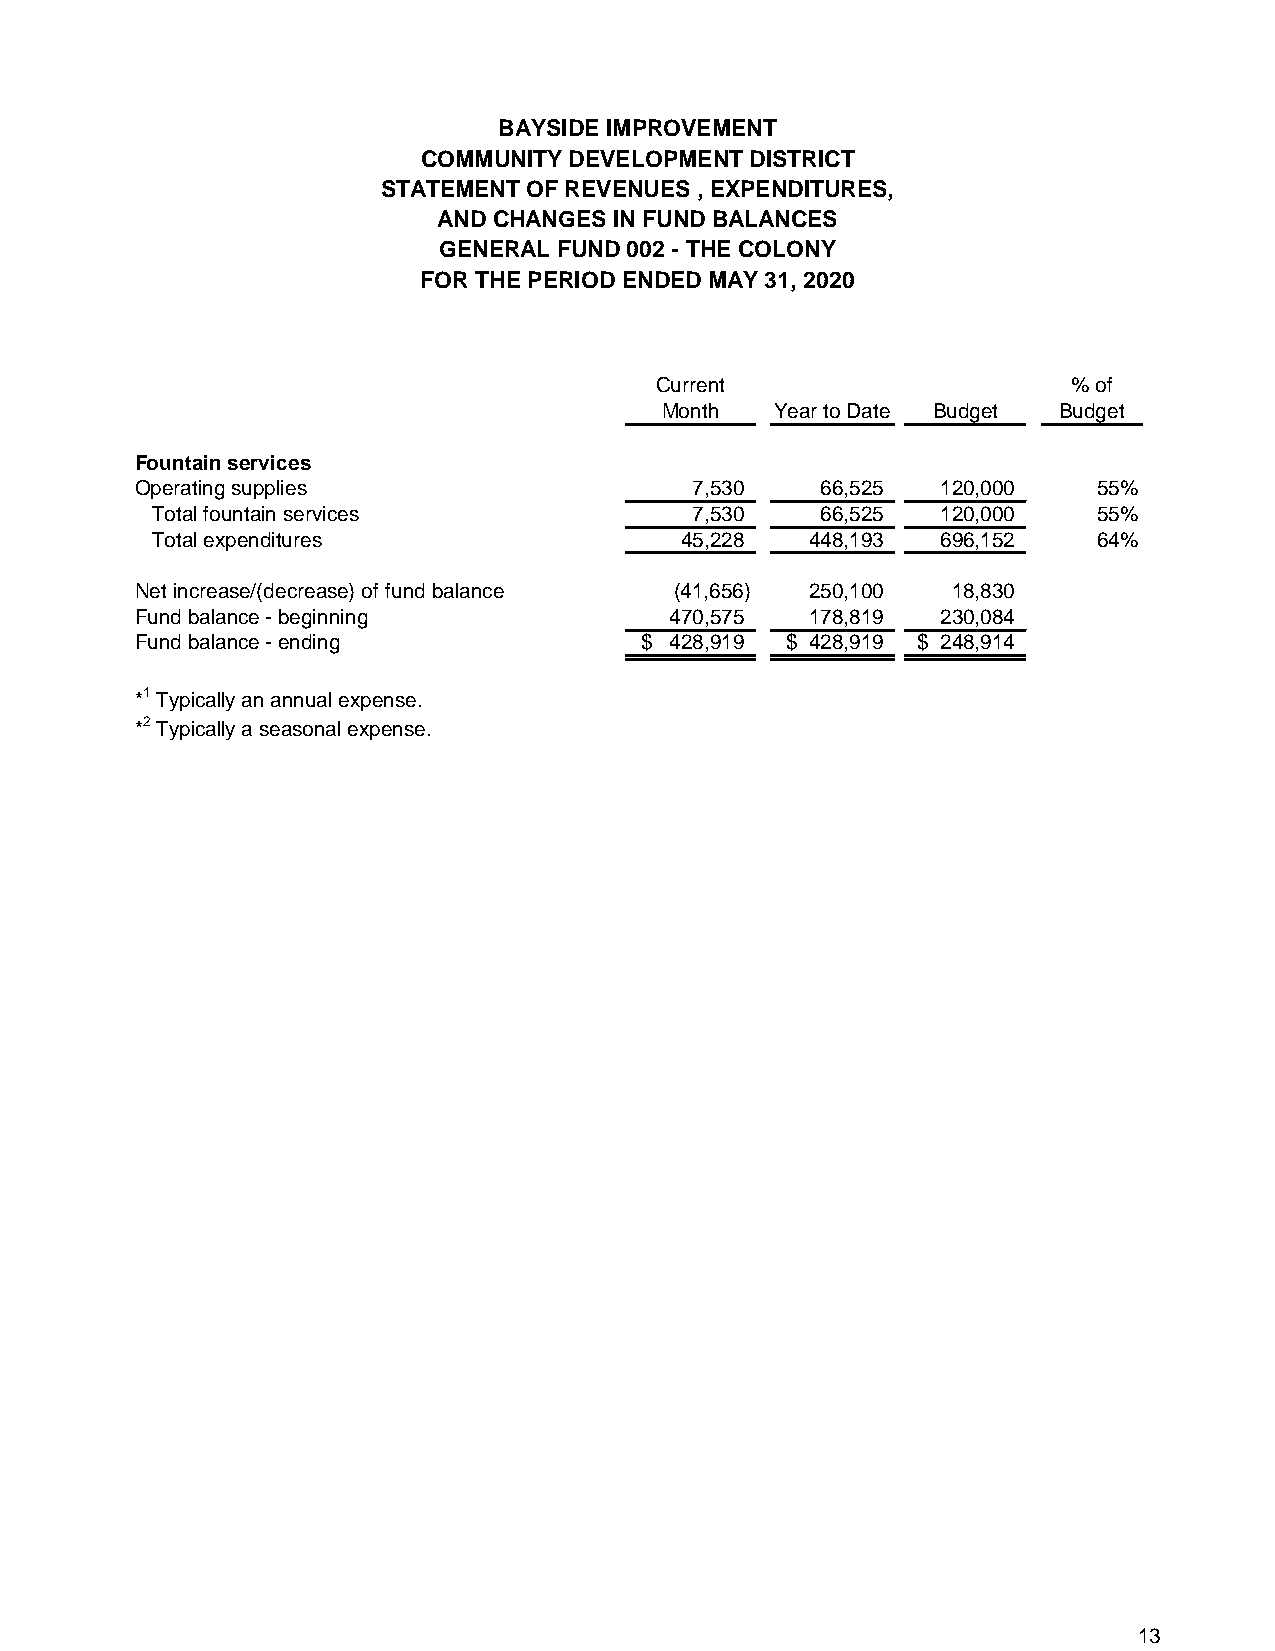
BAYSIDE IMPROVEMENT
 COMMUNITY DEVELOPMENT DISTRICT
 STATEMENT OF REVENUES , EXPENDITURES,
 AND CHANGES IN FUND BALANCES
 GENERAL FUND 002 - THE COLONY
 FOR THE PERIOD ENDED MAY 31, 2020
 Current                     % of
 Month  Year to Date Budget Budget
 Fountain services
 Operating supplies                   7 ,530  6 6,525 120,000    55%
 Total fountain services             7 ,530  6 6,525 1 20,000   55%
 Total expenditures                 4 5,228  4 48,193 6 96,152  64%
 Net increase/(decrease) of fund balance ( 41,656) 2 50,100 1 8,830
 Fund balance - beginning           4 70,575  1 78,819 230,084
 Fund balance - ending            $ 4 28,919 $ 4 28,919 $ 2 48,914
 *1 Typically an annual expense.
 *2 Typically a seasonal expense.
 13